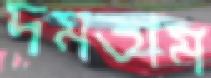
দমতাম